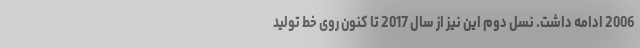
2006 ادامه داشت. نسل دوم این نیز از سال 2017 تا کنون روی خط تولید